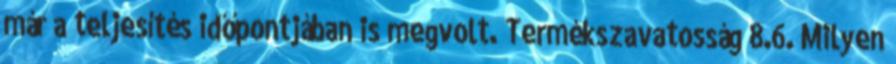
már a teljesítés időpontjában is megvolt. Termékszavatosság 8.6. Milyen